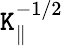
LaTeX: \mathtt{K}_{\parallel}^{-1/2}